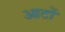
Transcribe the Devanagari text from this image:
आटों